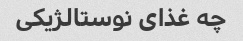
چه غذای نوستالژیکی